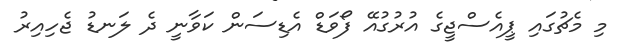
މި މެޗުގައި ޕީއެސްޖީގެ އުރުގުއޭ ފޯވަޑް އެޑިސަން ކަވާނީ ދެ ލަނޑު ޖެހިއިރު